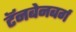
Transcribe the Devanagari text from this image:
टॅनबेनबर्ग